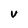
Character: V